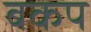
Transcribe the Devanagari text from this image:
बकप